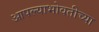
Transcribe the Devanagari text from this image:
आपल्याभोवतीच्या